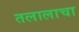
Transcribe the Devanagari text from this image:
तलालाचा